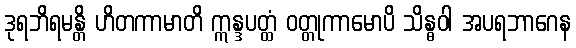
ဒုရဘိရမန္တိ ဟိတကာမာတိ ဣန္ဒပတ္ထံ ဝတ္တုကာမောပိ သိန္ဓဝါ အပရဘာဂေန